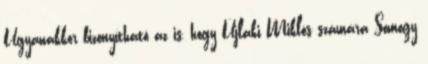
Ugyanakkor bizonyítható az is, hogy Újlaki Miklós számára Somogy